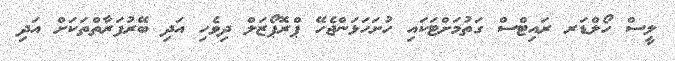
ލީސް ހޯލްޑަރ ރައިޓްސް ގަތުމަށްޓަކައި ހުށަހަޅަންޖެހޭ ޕްރޮޕޯޒަލް ދިވެހި އަދި ބޭރުފަރާތްތަކަށް އަދި